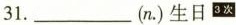
31.___(n.)生日^{3次}